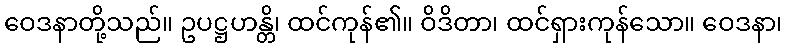
ဝေဒနာတို့သည်။ ဥပဋ္ဌဟန္တိ၊ ထင်ကုန်၏။ ဝိဒိတာ၊ ထင်ရှားကုန်သော။ ဝေဒနာ၊